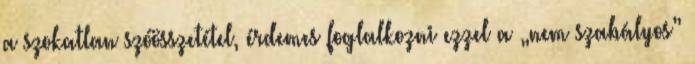
a szokatlan szóösszetétel, érdemes foglalkozni ezzel a „nem szabályos”